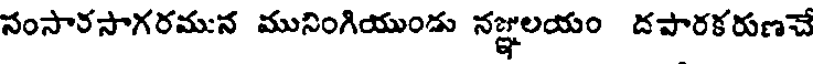
సంసారసాగరమున మునింగియుండు నజ్ఞలయం దపారకరుణచే